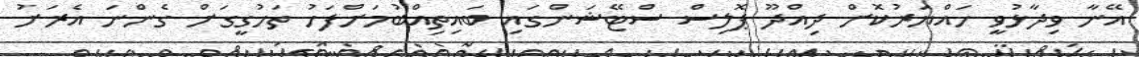
އޭނާ ވިދާޅުވީ ހައްޔަރުކޮށް ދިއްދޫ ޕޮލިސް ސްޓޭޝަންގައި ބައިތިއްބުމަށްފަހު ތަހުގީގަށް ގެންނަ އެރަށު